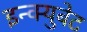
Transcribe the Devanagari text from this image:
इन्क्युबेट